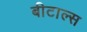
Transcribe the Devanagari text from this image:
बीटाल्स